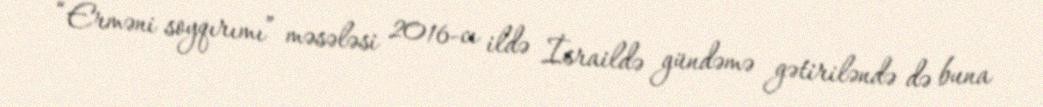
“Erməni soyqırımı” məsələsi 2016-cı ildə İsraildə gündəmə gətiriləndə də buna